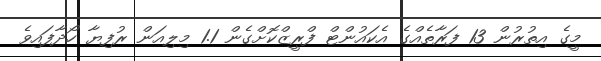
މީގެ އިތުރުން 13 ފަރާތެއްގެ އެކައުންޓް ފްރީޒްކޮށްގެން 1.1 މިލިއަން ރުފިޔާ ހޯދާފައިވެ